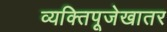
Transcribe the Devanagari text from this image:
व्यक्तिपूजेखातर